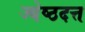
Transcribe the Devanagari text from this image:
ज्येष्ठदत्त